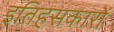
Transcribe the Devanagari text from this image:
इतिहसकारों